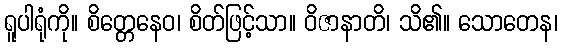
ရူပါရုံကို။ စိတ္တေနေဝ၊ စိတ်ဖြင့်သာ။ ဝိဇာနာတိ၊ သိ၏။ သောတေန၊